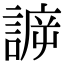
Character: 𧩯